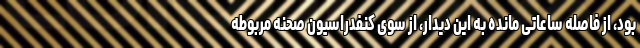
بود، از فاصله ساعاتی مانده به این دیدار، از سوی کنفدراسیون صحنه مربوطه